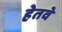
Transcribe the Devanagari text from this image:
हेतवे